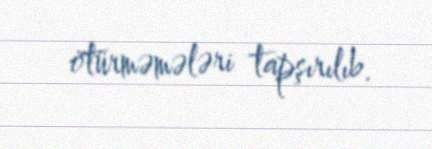
ötürməmələri tapşırılıb.